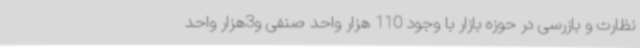
نظارت و بازرسی در حوزه بازار با وجود 110 هزار واحد صنفی و3هزار واحد